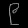
Digit: ၉